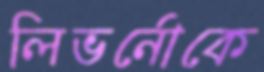
লিভর্নোকে